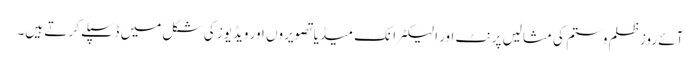
آئے روزظلم وستم کی مثالیں پرنٹ اور الیکٹرانک میڈیا تصویروں اور ویڈیوز کی شکل میں ڈسپلے کر تے ہیں۔